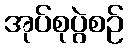
အုပ်စုပွဲစဉ်